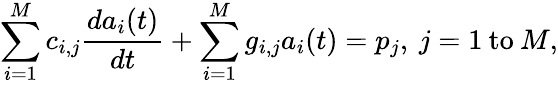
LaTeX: \sum_{i=1}^{M}c_{i,j}\frac{da_{i}(t)}{dt}+\sum_{i=1}^{M}g_{i,j}a_{i}(t)=p_{j},\: j=1\: \textrm{to}\: M,